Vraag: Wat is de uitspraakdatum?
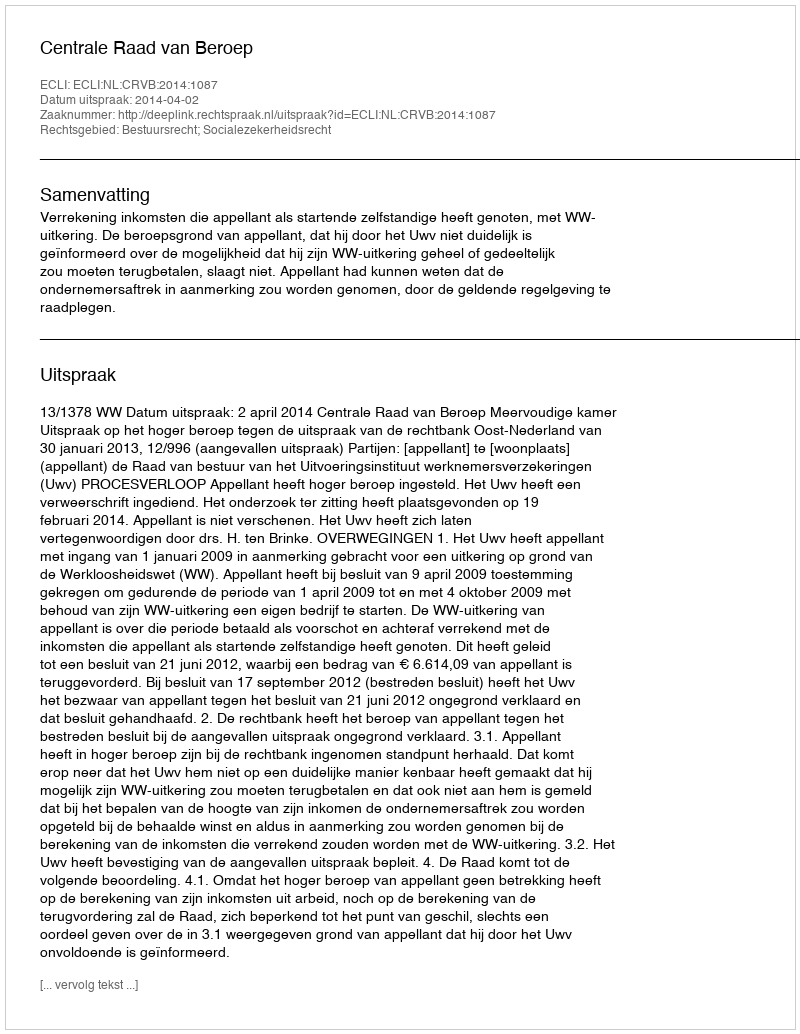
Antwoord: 2014-04-02